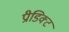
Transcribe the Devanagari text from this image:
प्रीडिक्ट